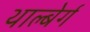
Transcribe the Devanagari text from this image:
थाल्बेर्ग